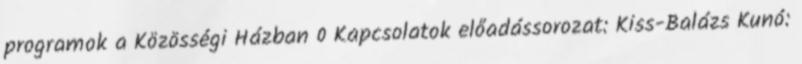
programok a Közösségi Házban 0 Kapcsolatok előadássorozat: Kiss-Balázs Kunó: